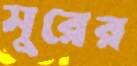
সুরের